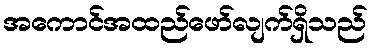
အကောင်အထည်ဖော်လျက်ရှိသည်